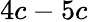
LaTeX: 4c-5c